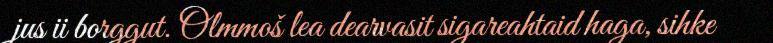
jus ii borggut. Olmmoš lea dearvasit sigareahtaid haga, sihke